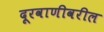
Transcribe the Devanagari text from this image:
दूरवाणीवरील